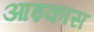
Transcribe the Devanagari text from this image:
आइकांस